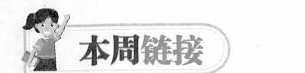
本周链接